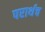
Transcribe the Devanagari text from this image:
परार्थच